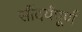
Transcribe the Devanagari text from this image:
सौंदर्यंपूर्ण